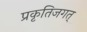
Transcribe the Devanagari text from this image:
प्रकृतिजगत्‌